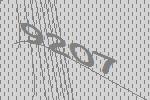
9207